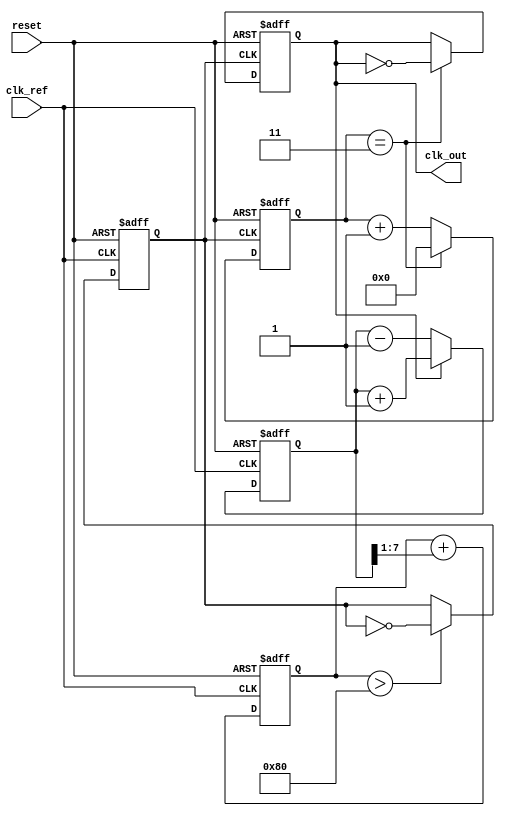
module MemoryBlocksPLL (
    input wire clk_ref,         // Reference clock input
    input wire reset,           // Reset signal
    output reg clk_out          // Output clock
);

// Parameters
parameter N = 4;               // Frequency division factor
parameter MEMORY_SIZE = 16;    // Size of memory blocks

// Internal signals
reg [MEMORY_SIZE-1:0] phase_memory; // Memory blocks for phase information
reg [N-1:0] frequency_divider;       // Frequency divider
reg [7:0] error_signal;              // Error signal from phase detector
reg [7:0] control_voltage;            // Control voltage for VCO
reg vco_output;                       // VCO output signal

// Phase Detector (PD)
always @(posedge clk_ref or posedge reset) begin
    if (reset) begin
        error_signal <= 0;
    end else begin
        // Simple phase comparison logic (for illustration)
        if (clk_out) begin
            error_signal <= error_signal + 1; // Phase error detected
        end else begin
            error_signal <= error_signal - 1; // Phase error detected
        end
    end
end

// Loop Filter (LF)
always @(posedge clk_ref or posedge reset) begin
    if (reset) begin
        control_voltage <= 0;
    end else begin
        // Simple low-pass filter (for illustration)
        control_voltage <= control_voltage + (error_signal >> 1); // Smoothing the error signal
    end
end

// Voltage-Controlled Oscillator (VCO)
always @(posedge clk_ref or posedge reset) begin
    if (reset) begin
        vco_output <= 0;
    end else begin
        // Simple VCO logic (for illustration)
        if (control_voltage > 128) begin
            vco_output <= ~vco_output; // Toggle output based on control voltage
        end
    end
end

// Frequency Divider
always @(posedge vco_output or posedge reset) begin
    if (reset) begin
        frequency_divider <= 0;
        clk_out <= 0;
    end else begin
        frequency_divider <= frequency_divider + 1;
        if (frequency_divider == N-1) begin
            clk_out <= ~clk_out; // Divide the frequency
            frequency_divider <= 0;
        end
    end
end

// Memory Blocks
always @(posedge clk_ref or posedge reset) begin
    if (reset) begin
        phase_memory <= 0;
    end else begin
        // Store phase information (for illustration)
        phase_memory <= {phase_memory[MEMORY_SIZE-2:0], error_signal[0]}; // Shift in new phase info
    end
end

endmodule